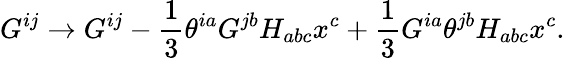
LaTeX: G^{ij}\to G^{ij}-{\frac{1}{3}}\theta^{ia}G^{jb}H_{abc}x^{c}+{\frac{1}{3}}G^{ia}\theta^{jb}H_{abc}x^{c}.